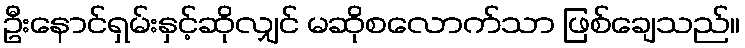
ဦးနောင်ရှမ်းနှင့်ဆိုလျှင် မဆိုစလောက်သာ ဖြစ်ချေသည်။